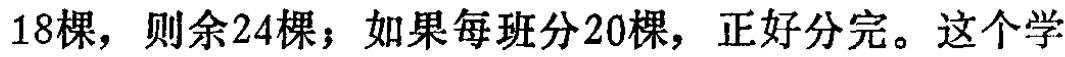
18棵，则余24棵；如果每班分20棵，正好分完。这个学